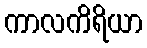
ကာလကိရိယာ